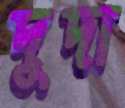
দুদা